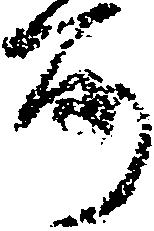
所